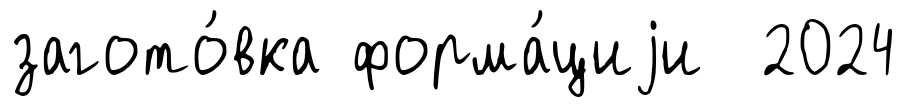
загото́вка форма́циjи 2024